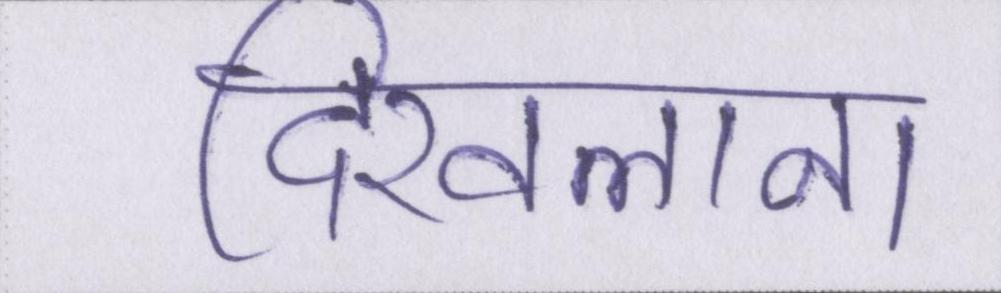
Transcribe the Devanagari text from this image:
दिखलाना